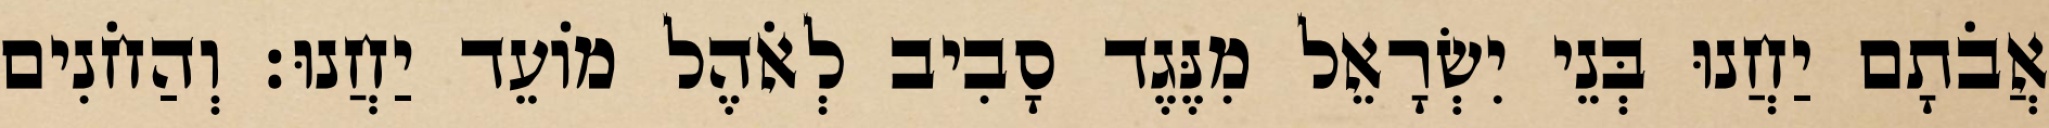
אֲבֹתָם יַחֲנוּ בְּנֵי יִשְׂרָאֵל מִנֶּגֶד סָבִיב לְאֹהֶל מוֹעֵד יַחֲנוּ׃ וְהַחֹנִים